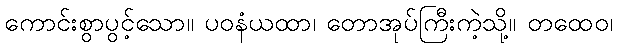
ကောင်းစွာပွင့်သော။ ပဝနံယထာ၊ တောအုပ်ကြီးကဲ့သို့။ တထေဝ၊